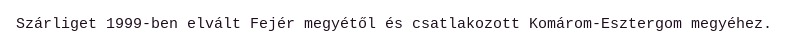
Szárliget 1999-ben elvált Fejér megyétől és csatlakozott Komárom-Esztergom megyéhez.